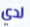
لدي